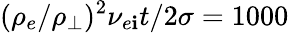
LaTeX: (\rho_{e}/\rho_{\perp})^{2}\nu_{e\mathbf{i}}t/2\sigma=1000